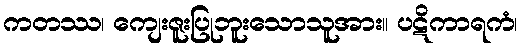
ကတဿ၊ ကျေးဇူးပြုဘူးသောသူအား။ ပဋိကာရကံ၊